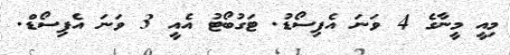
މިއީ މީނާގެ 4 ވަނަ އެޕިސޯޑު. ޓަގުބޯޓު އެއީ 3 ވަނަ އެޕިސޯޑް.